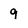
Character: 9